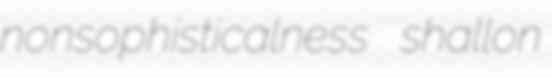
nonsophisticalness shallon